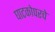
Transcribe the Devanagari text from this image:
घाटकोपरचे